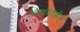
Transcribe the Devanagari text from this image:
औषधोपचारिक